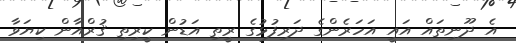
އެ ދޫނިތައް އައީ އަހަރެންގެ ދަރިފުޅުގެ ރީތި އަޑުން ކީރިތި ޤުރްއާން ކިޔަވާ